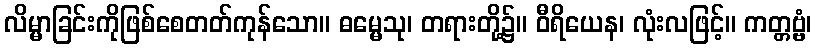
လိမ္မာခြင်းကိုဖြစ်စေတတ်ကုန်သော။ ဓမ္မေသု၊ တရားတို့၌။ ဝီရိယေန၊ လုံးလဖြင့်။ ကတ္တဗ္ဗံ၊